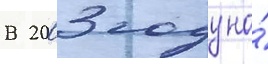
В 2003 году на́